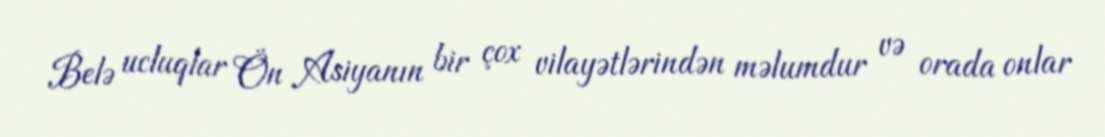
Belə ucluqlar Ön Asiyanın bir çox vilayətlərindən məlumdur və orada onlar